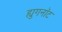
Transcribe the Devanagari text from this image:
ह्युगनॉट